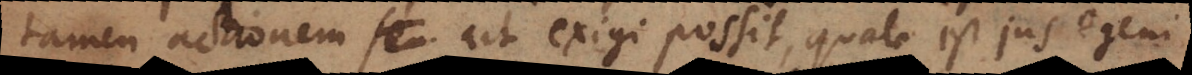
tamen actionem ut exigi possit, quale est jus egeni